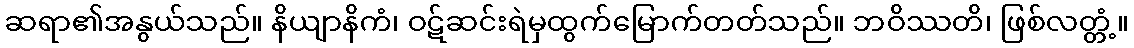
ဆရာ၏အနွယ်သည်။ နိယျာနိကံ၊ ဝဋ်ဆင်းရဲမှထွက်မြောက်တတ်သည်။ ဘဝိဿတိ၊ ဖြစ်လတ္တံ့။